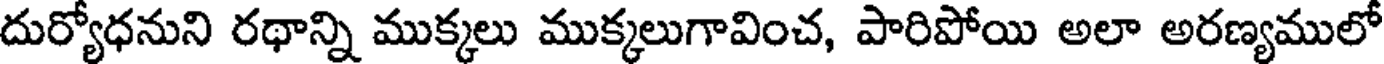
దుర్యోధనుని రథాన్ని ముక్కలు ముక్కలుగావించ, పారిపోయి అలా అరణ్యములో